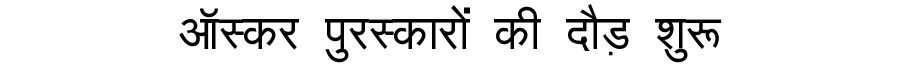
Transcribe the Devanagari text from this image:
ऑस्कर पुरस्कारों की दौड़ शुरू